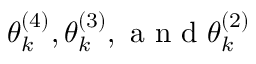
\theta _ { k } ^ { ( 4 ) } , \theta _ { k } ^ { ( 3 ) } , \mathrm { ~ a ~ n ~ d ~ } \theta _ { k } ^ { ( 2 ) }